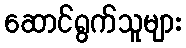
ဆောင်ရွက်သူများ